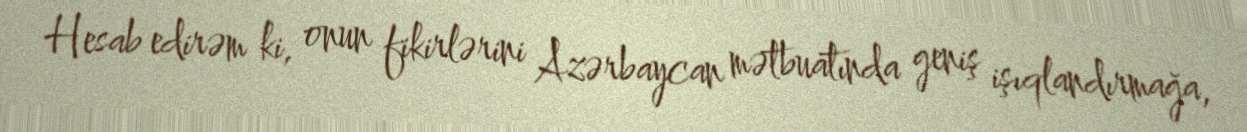
Hesab edirəm ki, onun fikirlərini Azərbaycan mətbuatında geniş işıqlandırmağa,